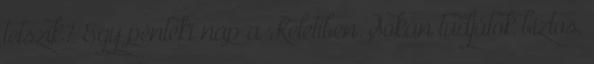
tetszik? Egy pénteki nap a Keletiben. Sokan tudjátok biztos,